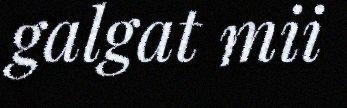
galgat mii